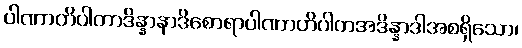
ပါဏာတိပါတာဒိန္နာနာဒိစောရာပါဏာတိပါတအဒိန္နာဒါအစရှိသော၊